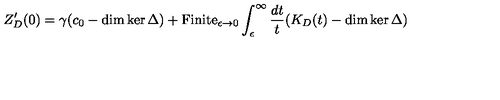
Z _ { D } ^ { \prime } ( 0 ) = \gamma ( c _ { 0 } - \dim \ker \Delta ) + \mathrm { F i n i t e } _ { \epsilon \to 0 } \int _ { \epsilon } ^ { \infty } { \frac { d t } { t } } ( K _ { D } ( t ) - \dim \ker \Delta )